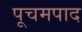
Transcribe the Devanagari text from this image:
पूचमपाद